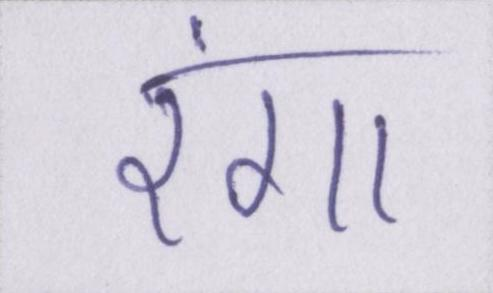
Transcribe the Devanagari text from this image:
रंगा